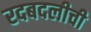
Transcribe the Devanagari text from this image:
रदबदलीची